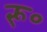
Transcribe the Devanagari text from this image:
रू॰